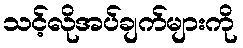
သင့်လိုအပ်ချက်များကို